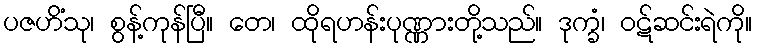
ပဇဟိံသု၊ စွန့်ကုန်ပြီ။ တေ၊ ထိုရဟန်းပုဏ္ဏားတို့သည်။ ဒုက္ခံ၊ ဝဋ်ဆင်းရဲကို။